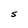
Character: S